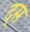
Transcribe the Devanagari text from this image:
द्स